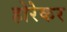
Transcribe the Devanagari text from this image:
होरेकर